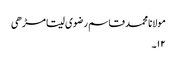
مولانا محمد قاسم رضوی سیتا مڑھی
۱۲۔